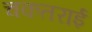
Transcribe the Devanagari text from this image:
चकतराई